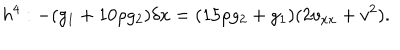
h ^ { 4 } : - ( g _ { 1 } + 1 0 \rho g _ { 2 } ) \delta x = ( 1 5 \rho g _ { 2 } + g _ { 1 } ) ( 2 v _ { x x } + v ^ { 2 } ) .